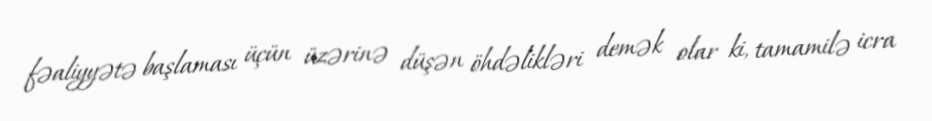
fəaliyyətə başlaması üçün üzərinə düşən öhdəlikləri demək olar ki, tamamilə icra